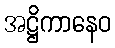
အဋ္ဌိကာနေဝ